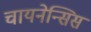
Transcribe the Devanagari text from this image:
चायनेन्सिस